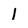
Character: l